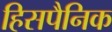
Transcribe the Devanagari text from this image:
हिसपैनिक